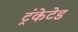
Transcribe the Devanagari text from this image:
ट्रंकेटेड